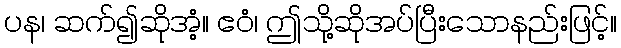
ပန၊ ဆက်၍ဆိုအံ့။ ဧဝံ၊ ဤသို့ဆိုအပ်ပြီးသောနည်းဖြင့်။